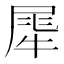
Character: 𤚌